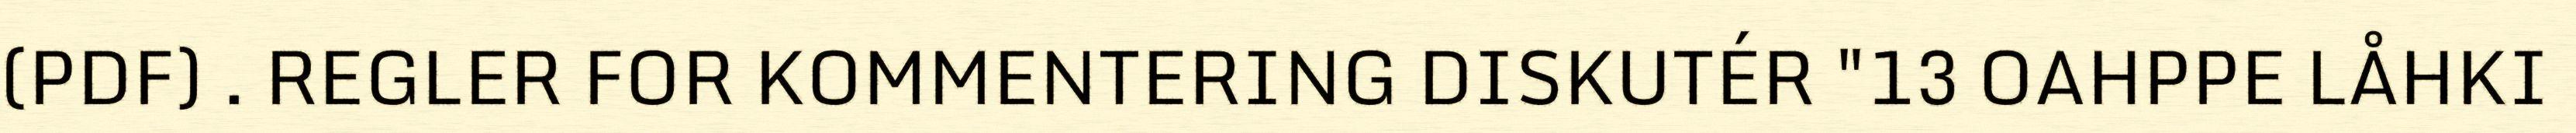
(PDF) . REGLER FOR KOMMENTERING DISKUTÉR "13 OAHPPE LÅHKI